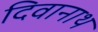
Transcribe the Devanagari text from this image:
दिवानाथ